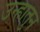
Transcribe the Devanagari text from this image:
उन्हातुन